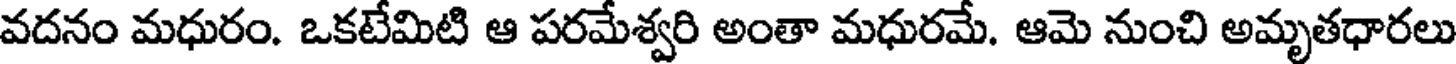
వదనం మధురం. ఒకటేమిటి ఆ పరమేశ్వరి అంతా మధురమే. ఆమె నుంచి అమృతధారలు